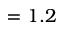
= 1 . 2